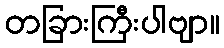
တခြားကြီးပါဗျာ။